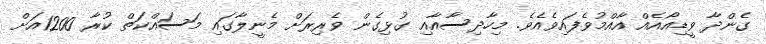
ގެންދާ ވީޑިއޯއެއް އާއްމުވެފައިވެއެވެ. މިހާދިސާއާއި ގުޅިގެން ވެރިރަށް މެނީލާގައި މަސައްކަތް ކުރާ 1200އަށް